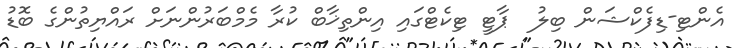
އެންޓި-ޑިފެކްޝަން ބިލު  ޕާޓީ ޓިކެޓްގައި އިންތިޚާބް ކުރާ މެމްބަރުންނަށް ރައްޔިތުންގެ ބޮޑު